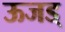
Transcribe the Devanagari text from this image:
ऊजड्